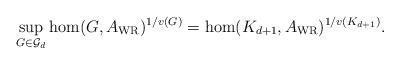
LaTeX: \begin{align*}\sup_{G\in \mathcal{G}_d}\hom(G,A_{\mathrm{WR}})^{1/v(G)}=\hom(K_{d+1},A_{\mathrm{WR}})^{1/v(K_{d+1})}.\end{align*}